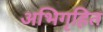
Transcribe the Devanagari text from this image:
अभिगृहित